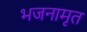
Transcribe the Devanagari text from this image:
भजनामृत